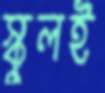
স্কুলই